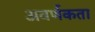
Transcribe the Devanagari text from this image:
अवर्णकता